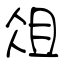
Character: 俎